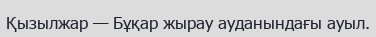
Қызылжар — Бұқар жырау ауданындағы ауыл.